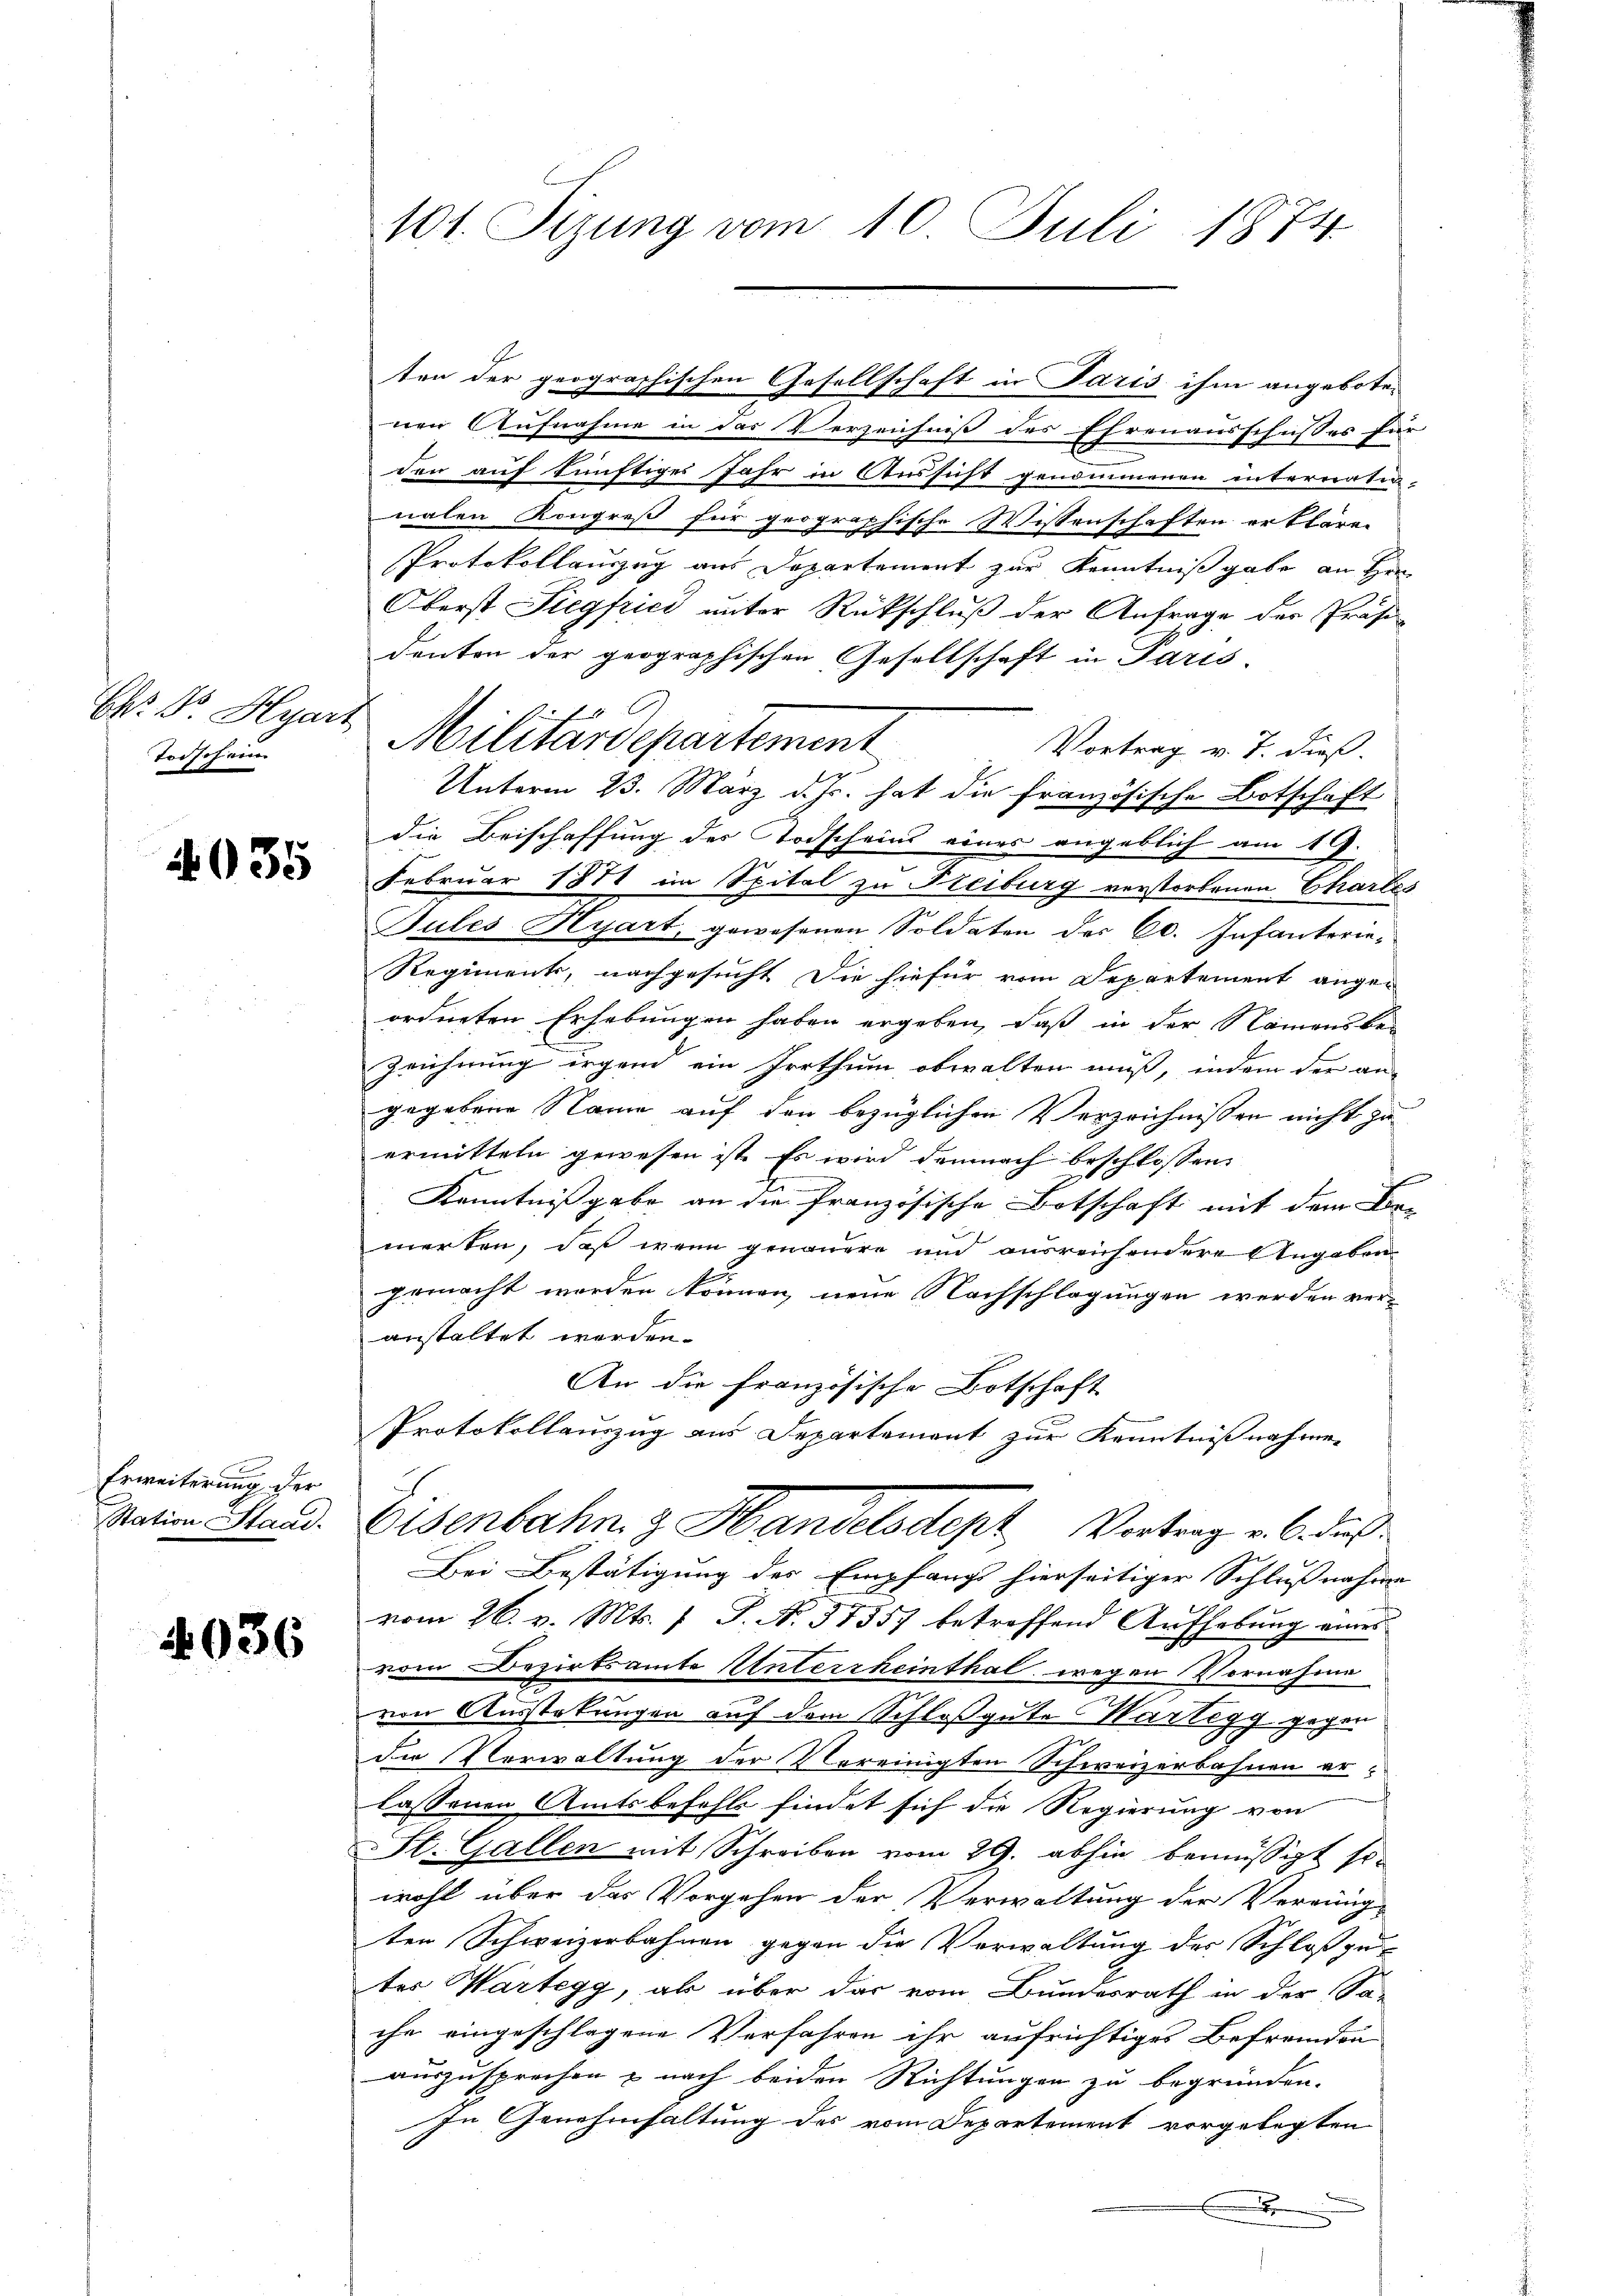
Er N Hyarz
Todschein

4035

Erweiterung der
Station Staat

036

101. Sizung vom 10. Juli 1874.

ten der geographischen Gesellschaft in Paris ihm angeboten
nen Aufnahme in das Verzeichniß des Ehrenausschusses für
den auf künftiges Jahr in Aussicht genommenen interraten-
nalen Kongreß für geographische Wissenschaften erklären
Protokollauszug aus Departement zur Kenntniß gabe an Hrn
Oberst Siegfried unter Rückschluß der Anfrage der Präsi-
denten der geographischen Gesellschaft in Paris
f
Militärdepartement
Vortrag v. J. dieß.
Unterm 23. März d. Js. hat die französische Botschaft
die Beischaffung des Todscheins eines angeblich am 19.
Februar 1871 im Spital zu Freiburg verstorbenen Chartes
Tules Hyart, gewesenen Soldaten des C. Infanterie¬
Regiments, nachgesucht die hiefür vom Departement ange-
ordneten Erhebungen haben ergeben, daß in der Namens be-
Zeichnung irgend ein Irrthum obwalten muß, indem der an-
gegebene Name auf den bezüglichen Verzeichnissen nicht zu
ermitteln gewesen ist. Es wird demnach beschlossen:
f
Kenntnißgabe an die französische Botschaft mit dem De-
merken, daß wenn genauere und ausreichendere Angaben
gemacht worden können, neue Nachschlagungen werden veranstaltet worden.
An die französische Botschaft
Protokollauszug aus Departement zur Kenntnißnahmen
Eisenbahn z Handelsdept, Vortrag u. dies
Bei Bestätigung des Empfangs hierseitiger Schlußnahme
vom 26. v. Mts. f. J. N. 37557 betreffend Aufhebung eines
vom Bezirksamte Unterrheinthal wegen Vornahme
von Ausstekungen auf dem Schloß gute Wartegg gegen
der Verwaltung der Vereinigten Schweizerbahnen erlassenen Amtsbefehls findet sich die Regierung von
St. Gallen mit Schreiben vom 29. abhin bemüssigt so
wohl über das Vorgehen der Verwaltung der Verrung
ten Schweizerbahnen gegen die Verwaltung des Schloßgu-
ter Wartegg, als über das vom Bundesrath in der Sa-
che eingeschlagene Verfahren ihr aufrichtiges Befremden
auszusprechen & nach beiden Richtungen zu begründen.
In Genehmhaltung des vom Departement vorgelegten